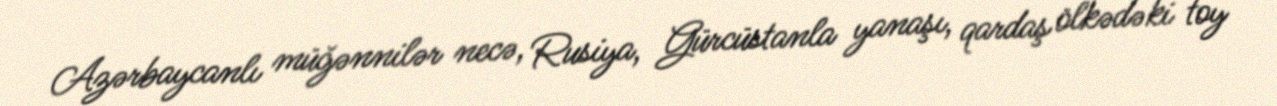
Azərbaycanlı müğənnilər necə, Rusiya, Gürcüstanla yanaşı, qardaş ölkədəki toy